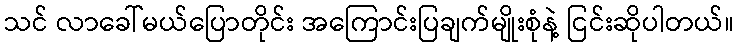
သင် လာခေါ်မယ်ပြောတိုင်း အကြောင်းပြချက်မျိုးစုံနဲ့ ငြင်းဆိုပါတယ်။